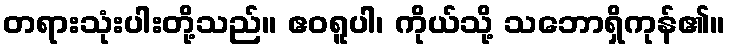
တရားသုံးပါးတို့သည်။ ဧဝရူပါ၊ ကိုယ်သို့ သဘောရှိကုန်၏။